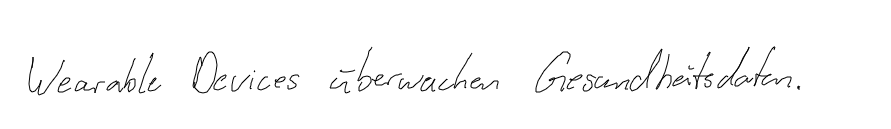
Wearable Devices überwachen Gesundheitsdaten.